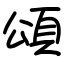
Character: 頌